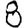
Digit: 8